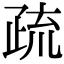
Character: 疏